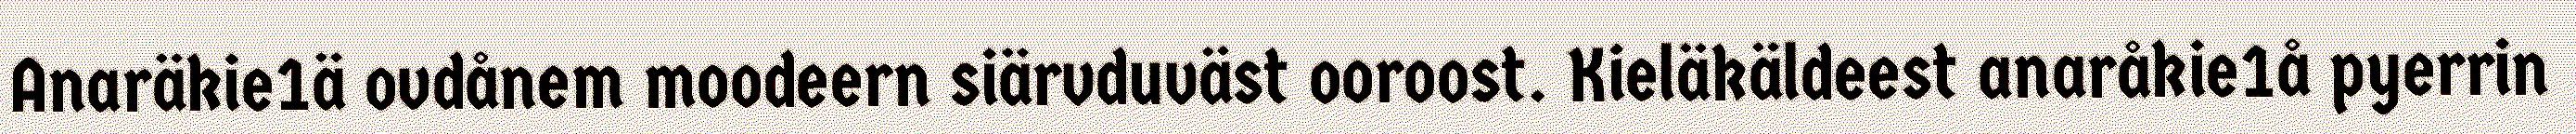
Anaräkie1ä ovdånem moodeern siärvduväst ooroost. Kieläkäldeest anaråkie1å pyerrin